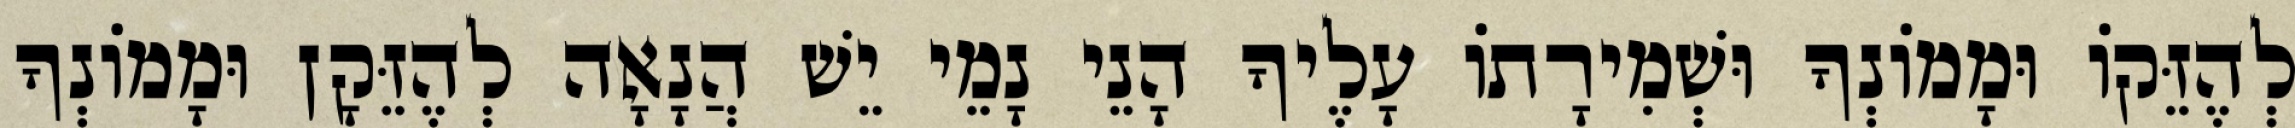
לְהֶזֵּקוֹ וּמָמוֹנְךָ וּשְׁמִירָתוֹ עָלֶיךָ הָנֵי נָמֵי יֵשׁ הֲנָאָה לְהֶזֵּקָן וּמָמוֹנְךָ